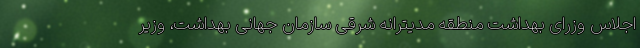
اجلاس وزرای بهداشت منطقه مدیترانه شرقی سازمان جهانی بهداشت، وزیر